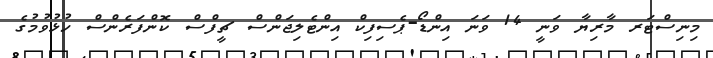
މިނިސްޓަރ މާރިޔާ ވަނީ 14 ވަނަ އިންޑޯ-ޕެސިފިކް އިންޓެލިޖަންސް ޗީފްސް ކޮންފަރެންސް ހުޅުވުމުގެ